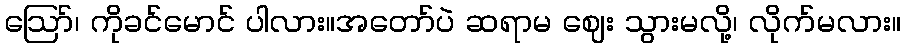
ဪ၊ ကိုခင်မောင် ပါလား။အတော်ပဲ ဆရာမ ဈေး သွားမလို့၊ လိုက်မလား။